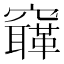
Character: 𥨳